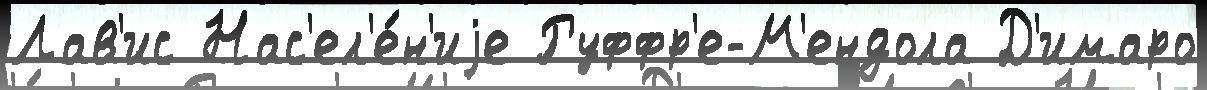
Лав'ис Нас'ел'е́н'иjе Руффр'е-М'ендола Д'имаро